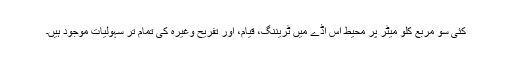
کئی سو مربع کلو میٹر پر محیط اس اڈے میں ٹریننگ، قیام، اور تفریح وغیرہ کی تمام تر سہولیات موجود ہیں۔